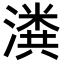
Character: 𬉂